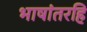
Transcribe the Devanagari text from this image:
भाषांतरहि